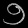
Digit: ၅